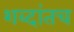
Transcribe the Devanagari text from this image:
शब्दांतच